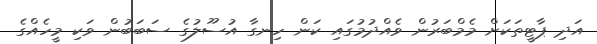
އަދި ޕާޓީތަކަށް މެމްބަރުން ވެއްދުމުގައި ކަން ހިނގާ އުސޫލުގެ ސަބަބުން ވަކި މީހެއްގެ